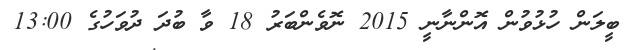
ބީލަން ހުޅުވުން އޮންނާނީ 2015 ނޮވެންބަރު 18 ވާ ބުދަ ދުވަހުގެ 13:00